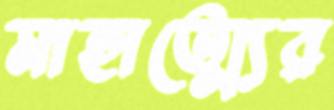
মাহাত্ম্যের